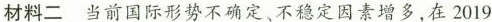
材料二 当前国际形势不确定、不稳定因素增多，在2019